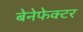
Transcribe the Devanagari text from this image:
बेनेफेक्टर